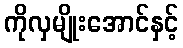
ကိုလှမျိုးအောင်နှင့်